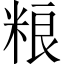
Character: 粮